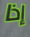
إذا